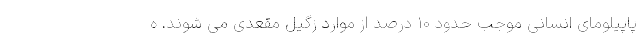
پاپیلومای انسانی موجب حدود 10 درصد از موارد زگیل مقعدی می شوند. ه